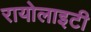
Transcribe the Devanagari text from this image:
रायोलाइटी